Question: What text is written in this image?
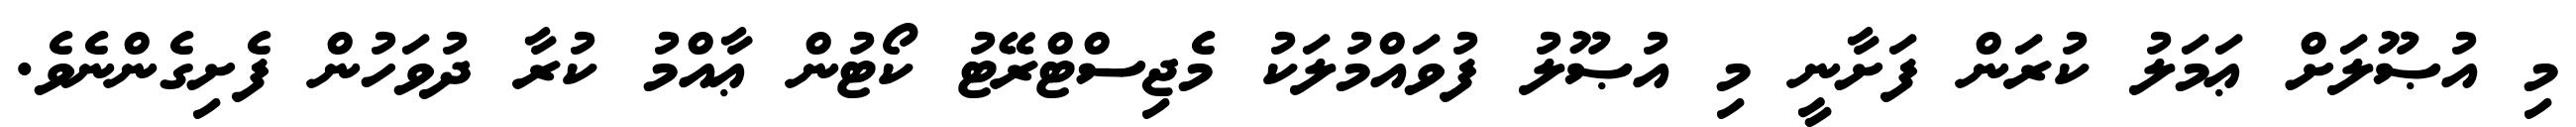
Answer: މި އުޞޫލަށް ޢަމަލު ކުރަން ފަށާނީ މި އުޞޫލު ފުވައްމުލަކު މެޖިސްޓްރޭޓު ކޯޓުން ޢާއްމު ކުރާ ދުވަހުން ފެށިގެންނެވެ.